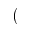
(